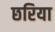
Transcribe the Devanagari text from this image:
छरिया